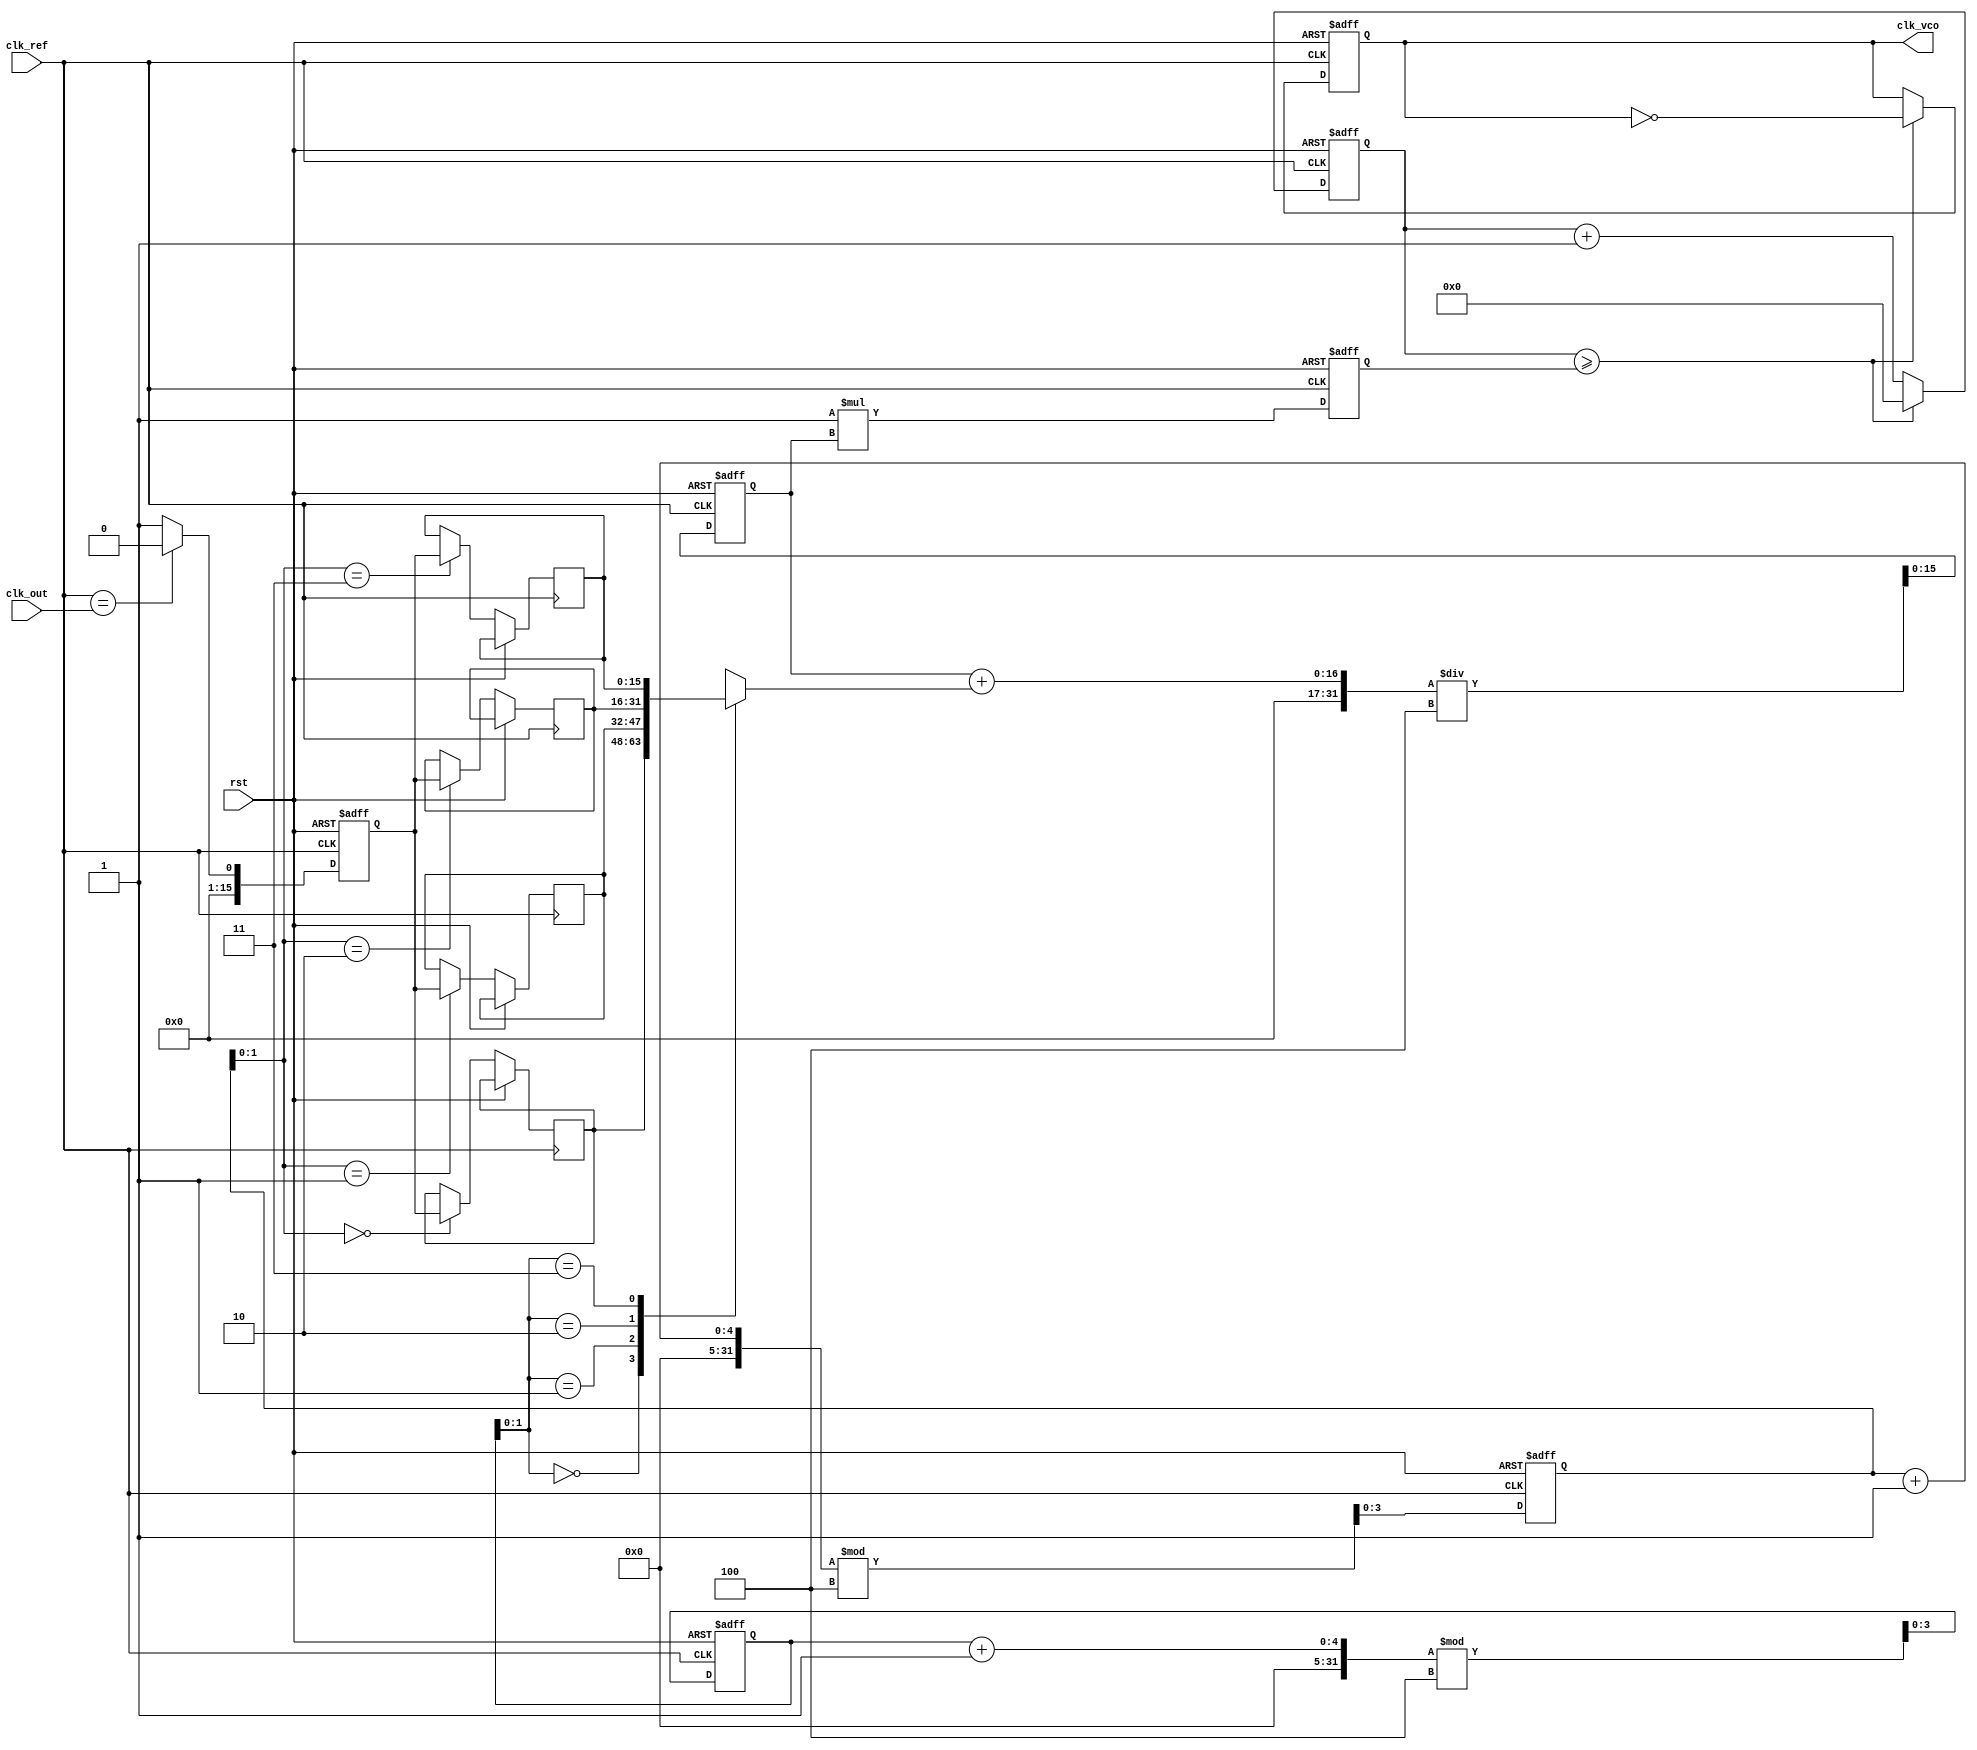
module discrete_time_PLL (
    input wire clk_ref,         // Reference clock
    input wire clk_out,         // Output clock
    input wire rst,             // Reset signal
    output reg clk_vco          // VCO output clock
);

// Parameters
parameter N = 4;               // Number of samples for averaging in loop filter
parameter K_VCO = 1;           // VCO Gain (adjustable)
parameter PHASE_ERROR_WIDTH = 16; // Width of phase error signal

// Internal signals
reg [PHASE_ERROR_WIDTH-1:0] phase_error; // Phase error signal
reg [PHASE_ERROR_WIDTH-1:0] phase_error_mem [0:N-1]; // Memory for phase error
reg [3:0] write_pointer;      // Write pointer for memory
reg [3:0] read_pointer;       // Read pointer for memory
reg [PHASE_ERROR_WIDTH-1:0] control_voltage; // Control voltage for VCO
reg [15:0] vco_count;         // VCO counter for frequency generation
reg [15:0] vco_limit;         // VCO limit to control frequency

// Phase Detector (PD)
always @(posedge clk_ref or posedge rst) begin
    if (rst) begin
        phase_error <= 0;
    end else begin
        // Simple phase detection logic (1 clock cycle phase difference)
        phase_error <= (clk_ref == clk_out) ? 0 : 1;
    end
end

// Loop Filter (LF)
always @(posedge clk_ref or posedge rst) begin
    if (rst) begin
        write_pointer <= 0;
        read_pointer <= 0;
        control_voltage <= 0;
        vco_limit <= 100; // Set initial VCO limit
    end else begin
        // Store phase error in memory
        phase_error_mem[write_pointer] <= phase_error;
        write_pointer <= (write_pointer + 1) % N;

        // Average phase errors for control voltage calculation
        control_voltage <= (control_voltage + phase_error_mem[read_pointer]) / N;
        read_pointer <= (read_pointer + 1) % N;

        // Update VCO limit based on control voltage
        vco_limit <= K_VCO * control_voltage;
    end
end

// Voltage-Controlled Oscillator (VCO)
always @(posedge clk_ref or posedge rst) begin
    if (rst) begin
        clk_vco <= 0;
        vco_count <= 0;
    end else begin
        // Generate VCO output clock based on control voltage
        if (vco_count >= vco_limit) begin
            clk_vco <= ~clk_vco; // Toggle VCO output clock
            vco_count <= 0;      // Reset VCO counter
        end else begin
            vco_count <= vco_count + 1;
        end
    end
end

endmodule